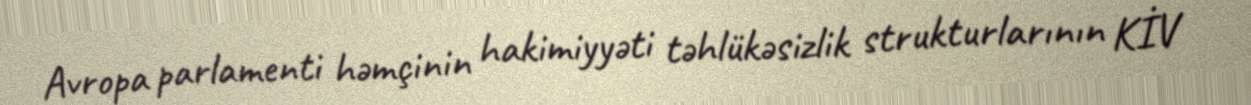
Avropa parlamenti həmçinin hakimiyyəti təhlükəsizlik strukturlarının KİV